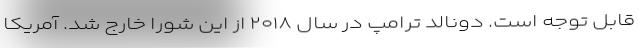
قابل توجه است. دونالد ترامپ در سال ۲۰۱۸ از این شورا خارج شد. آمریکا